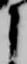
よ